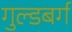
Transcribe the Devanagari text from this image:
गुल्डबर्ग